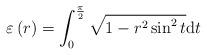
LaTeX: \begin{align*}\varepsilon\left(r\right)=\int_{0}^{\frac{\pi}{2}}\sqrt{1-r^{2}\sin^{2}t}{\rm d}t\end{align*}